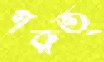
গরুত্